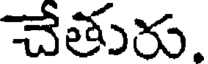
చేతురు.